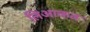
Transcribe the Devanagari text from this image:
लिआकत